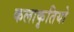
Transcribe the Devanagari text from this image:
कलाकृतियो